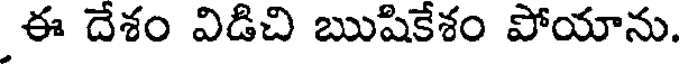
ఈ దేశం విడిచి ఋషికేశం పోయాను.